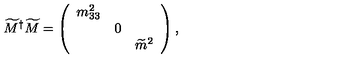
\widetilde { M } ^ { \dagger } \widetilde { M } = \left( \begin{array} { r c l } { m _ { 3 3 } ^ { 2 } } & { } & { } \\ { } & { 0 } & { } \\ { } & { } & { \widetilde { m } ^ { 2 } } \\ \end{array} \right) ,